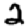
Digit: 2